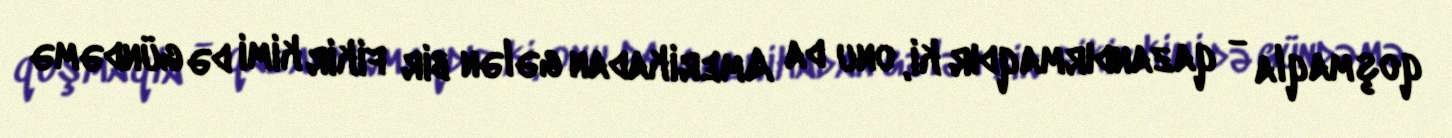
qoşmaqla - qazandırmaqdır ki, onu da Amerikadan gələn bir fikir kimi də gündəmə